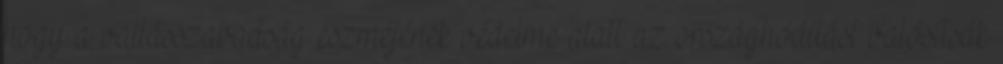
hogy a vallásszabadság eszméjének védelme alatt az országhódítást valósítsák